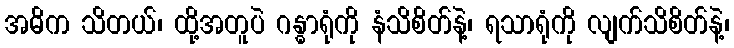
အဓိက သိတယ်၊ ထို့အတူပဲ ဂန္ဓာရုံကို နံသိစိတ်နဲ့၊ ရသာရုံကို လျက်သိစိတ်နဲ့၊